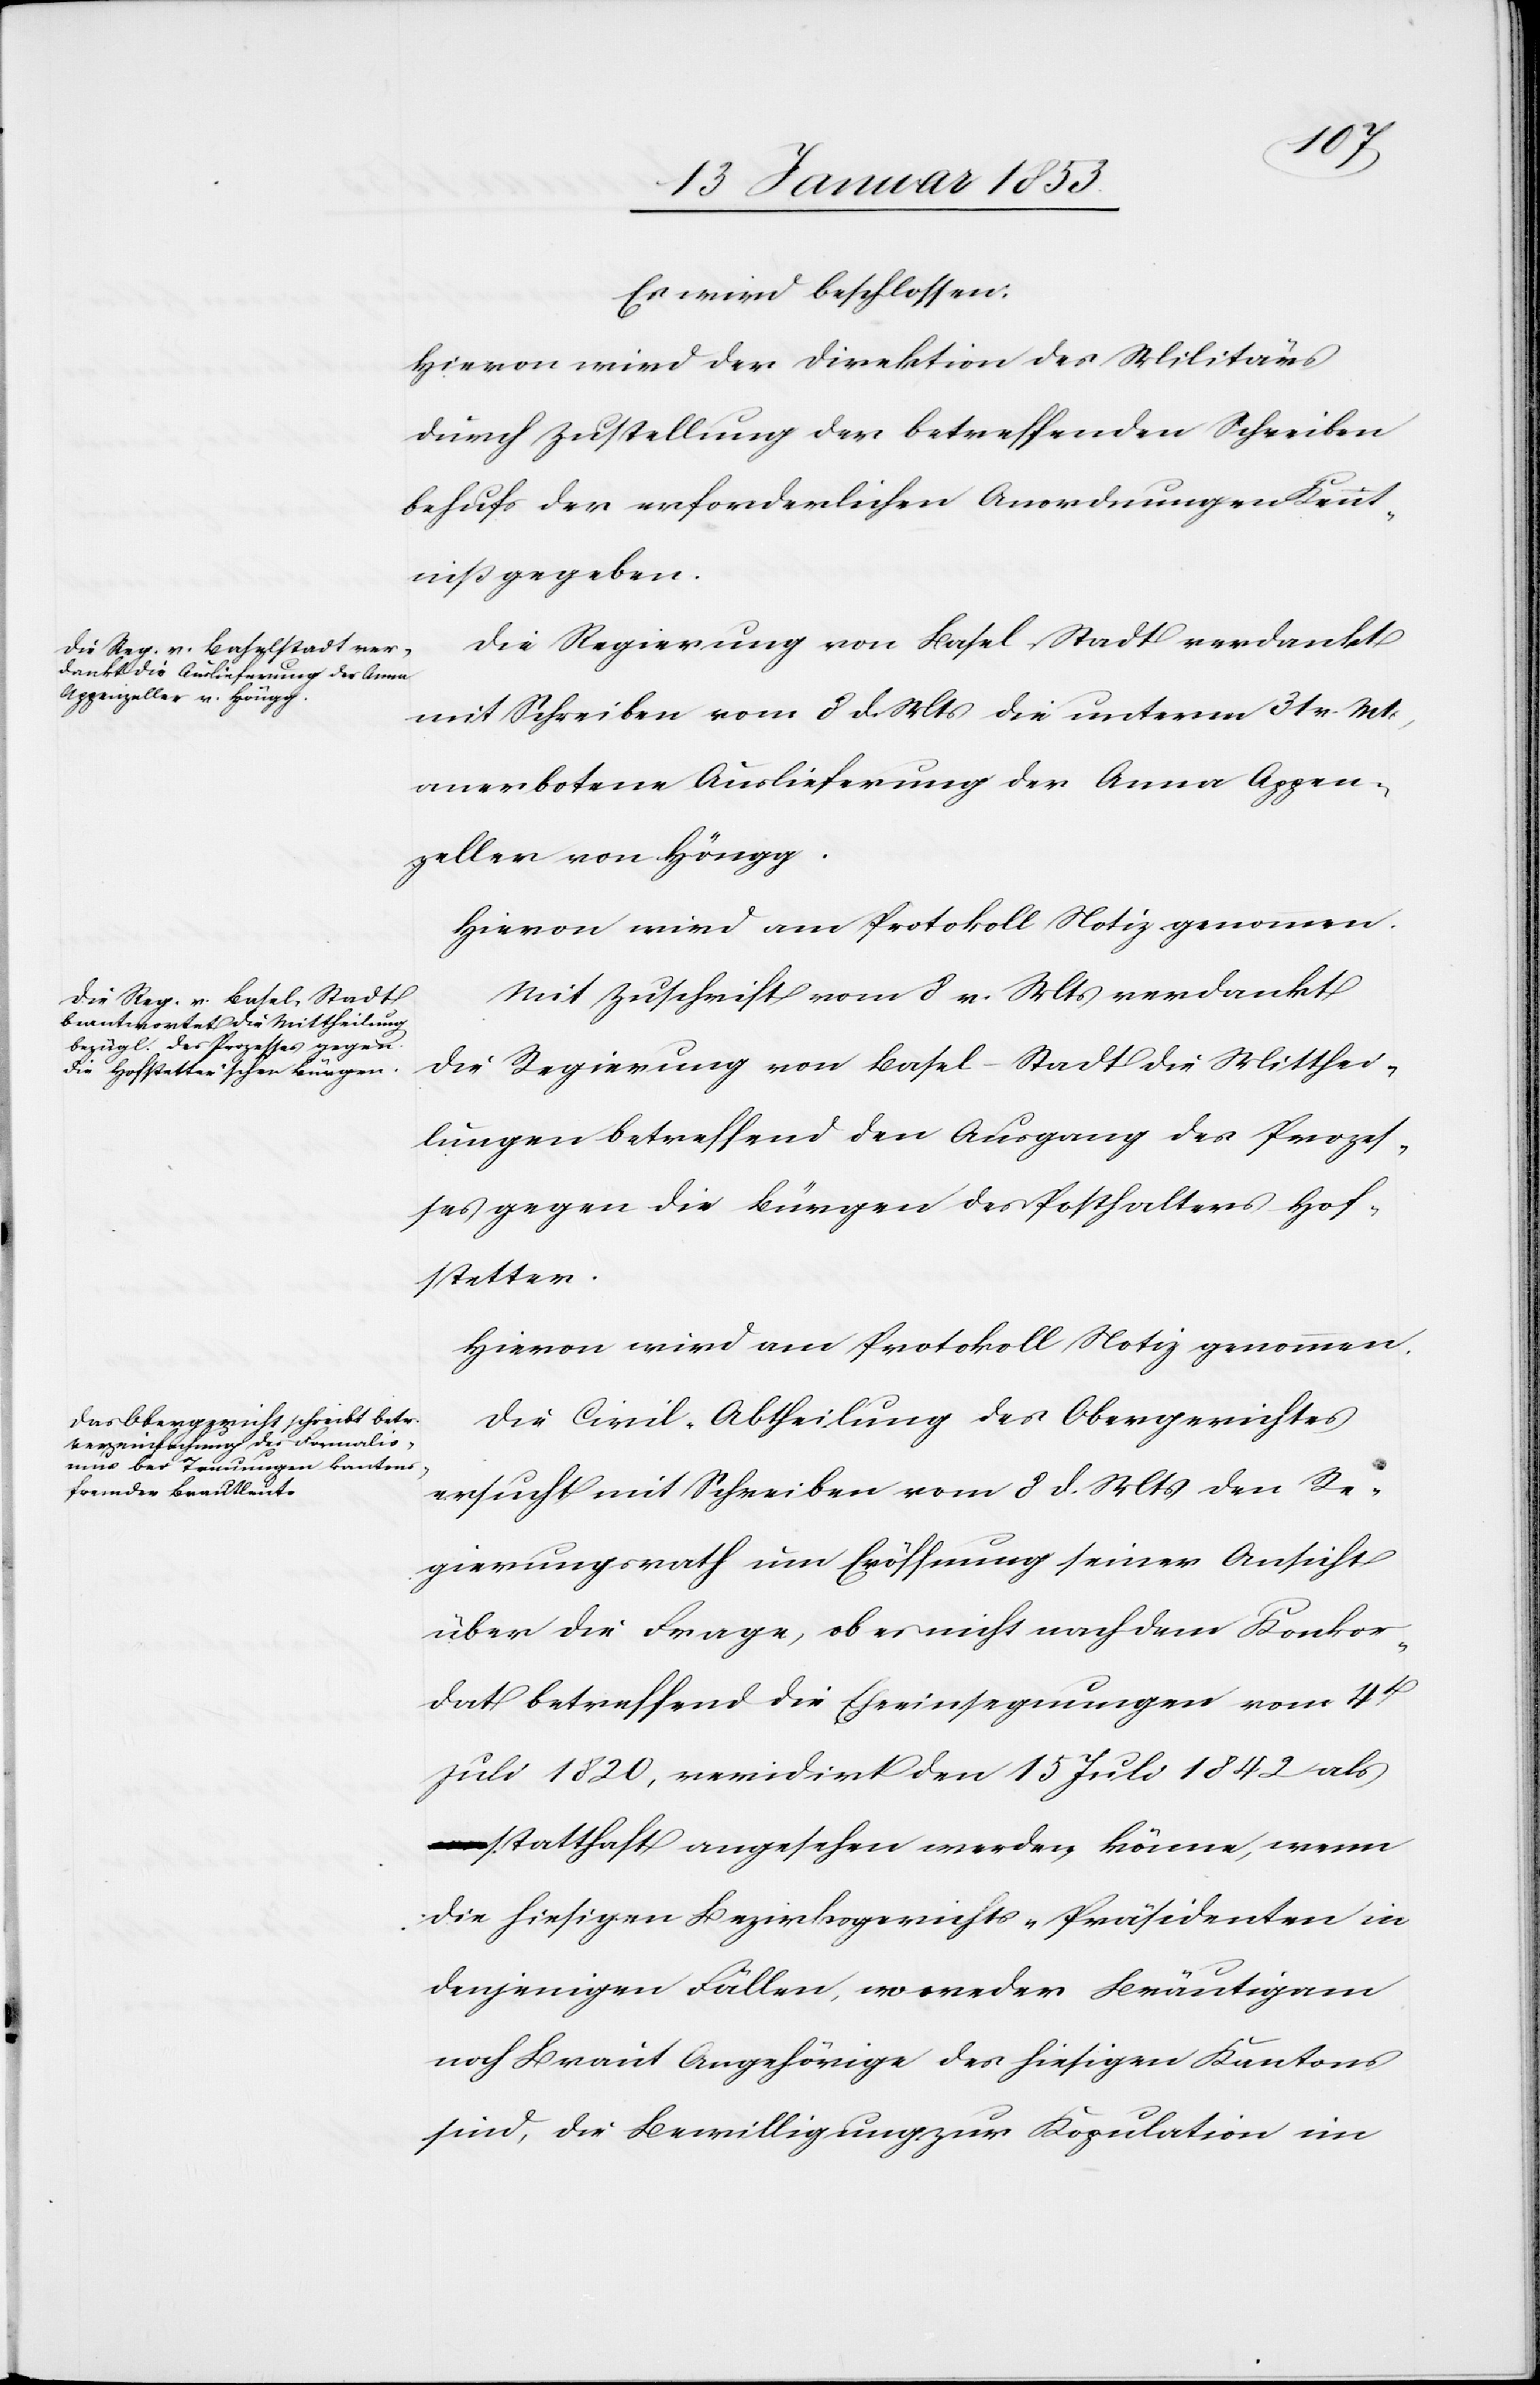
Es wird beschlossen:
Hievon wird der Direktion des Militärs
durch Zustellung der betreffenden Schreiben
behufs der erforderlichen Anordnungen Kennt¬
niss gegeben.
Die Regierung von Basel-Stadt verdankt
mit Schreiben vom 8 d. Mts. die unterm 31 v. Mts.,
anerbotene Auslieferung der Anna Appen¬
zeller von Höngg.
Hievon wird im Protokoll Notiz genommen.
Mit Zuschrift vom 8 v. Mts. verdankt
die Regierung von Basel-Stadt die Mitthei¬
lungen betreffend den Ausgang des Prozes¬
ses gegen die Bürger des Posthalters Hof¬
stetten.
Die Civil-Abtheilung des Obergerichtes
ersucht mit Schreiben vom 8 d. Mts. den Re¬
gierungsrath um Eröffnung seiner Ansicht
über die Frage, ob er nicht nach dem Konkor¬
dat betreffend die Eheeintragungen vom 4t.
Juli 1820, revidirt den 15 Juli 1842, als
statthaft angesehen werden könne, wenn
die hiesigen Bezirksgerichts-Präsidenten in
denjenigen Fällen, wo weder Bräutigam
noch Braut Angehörige des hiesigen Kantons
sind, die Bewilligung zur Kopulation im